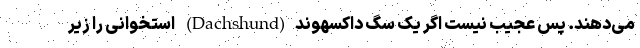
می‌دهند. پس عجیب نیست اگر یک سگ داکسهوند(Dachshund) استخوانی را زیر